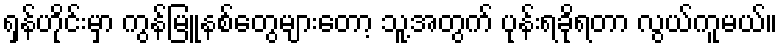
ရှန်ဟိုင်းမှာ ကွန်မြူနစ်တွေများတော့ သူ့အတွက် ပုန်းရခိုရတာ လွယ်ကူမယ်။